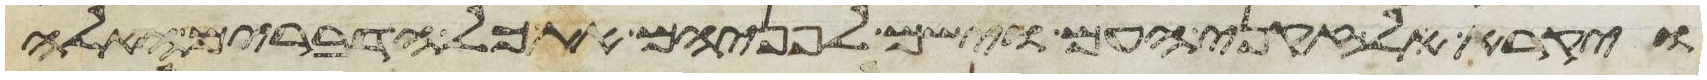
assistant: ויקרא לזקני העם וישם לפניהם את כל הדברים האלה